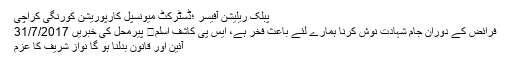
پبلک ریلیشن آفیسر ؛ڈسٹرکٹ میونسپل کارپوریشن کورنگی کراچی
فرائض کے دوران جام شہادت نوش کرنا ہمارے لئے باعث فخر ہے، ایس پی کاشف اسلم	 پیرمحل کی خبریں 31/7/2017
آئین اور قانون بدلنا ہو گا نواز شریف کا عزم